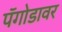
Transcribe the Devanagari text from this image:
पॅगोडावर